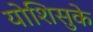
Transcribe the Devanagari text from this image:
योशिसुके